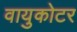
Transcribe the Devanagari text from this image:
वायुकोटर